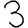
Digit: 3